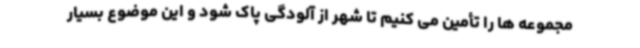
مجموعه ها را تأمین می کنیم تا شهر از آلودگی پاک شود و این موضوع بسیار